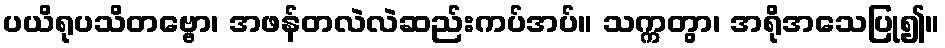
ပယိရုပသိတဗ္ဗော၊ အဖန်တလဲလဲဆည်းကပ်အပ်။ သက္ကတွာ၊ အရိုအသေပြု၍။